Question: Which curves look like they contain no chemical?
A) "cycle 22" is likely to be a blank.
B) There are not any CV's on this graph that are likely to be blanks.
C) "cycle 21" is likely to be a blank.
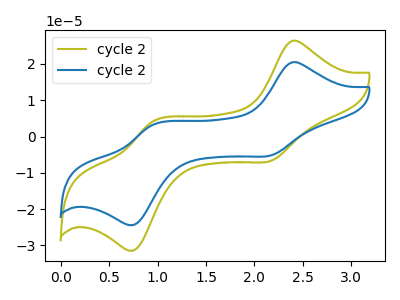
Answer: <think>The olive curve "cycle 21" has anodic peaks at (2.40V, 26.35uA) (0.95V, 4.15uA) and cathodic peaks at (2.15V, -6.70uA) (0.75V, -31.25uA). The blue curve "cycle 22" has anodic peaks at (2.40V, 20.45uA) (0.95V, 3.25uA) and cathodic peaks at (2.15V, -5.20uA) (0.75V, -24.25uA).</think>
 <answer>B) There are not any CV's on this graph that are likely to be blanks.</answer>
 <eval>B</eval>